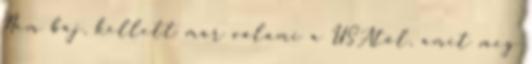
Nem baj, kellett már valami a USAtől, amit meg